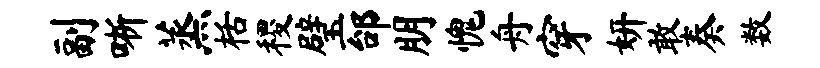
副晰蒸栝稷璧邰朋愧舟穿妍敢奏数